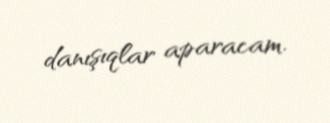
danışıqlar aparacam.